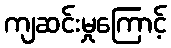
ကျဆင်းမှုကြောင့်